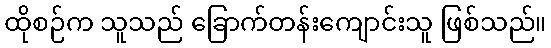
ထိုစဉ်က သူသည် ခြောက်တန်းကျောင်းသူ ဖြစ်သည်။